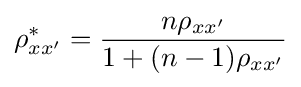
{\rho }_{xx'}^{*}={\frac {n{\rho }_{xx'}}{1+(n-1){\rho }_{xx'}}}